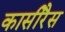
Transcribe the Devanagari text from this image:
कासीरैस